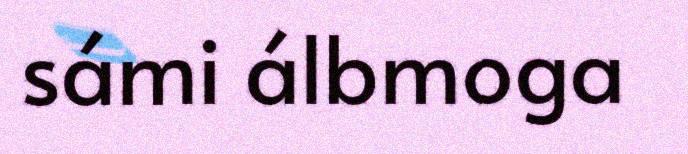
sámi álbmoga